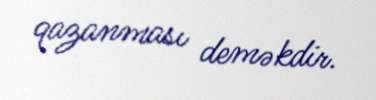
qazanması deməkdir.